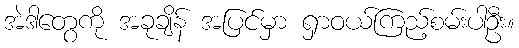
အဲဒါတွေကို အခုချိန် အပြင်မှာ ရှာဝယ်ကြည့်စမ်းပါဦး။